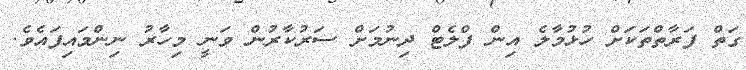
ގަތް ފަރާތްތަކަށް ހުޅުމާލެ އިން ފްލެޓް ދިނުމަށް ސަރުކާރުން ވަނީ މިހާރު ނިންމައިފައެވެ.